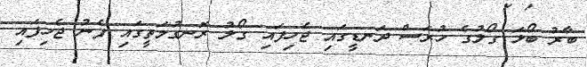
ބާރު ބޯޅަ ގޯލުގެ ހުރަސް ދަނޑީގައި ޖެހިފައި ގޯލު ރޮނގުމަތީގައި ފެނު ޖެހިފައި